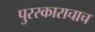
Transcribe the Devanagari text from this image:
पुरस्काराचाच